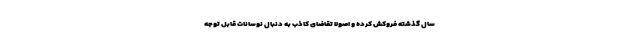
سال گذشته فروکش کرده و اصولا تقاضای کاذب به دنبال نوسانات قابل توجه